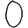
Digit: 0